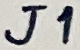
Text: J1